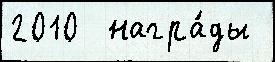
2010  награ́ды